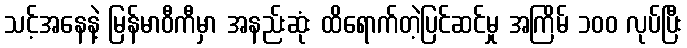
သင့်အနေနဲ့ မြန်မာဝီကီမှာ အနည်းဆုံး ထိရောက်တဲ့ပြင်ဆင်မှု အကြိမ် ၁၀၀ လုပ်ပြီး